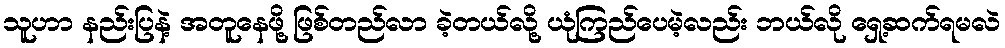
သူဟာ နည်းပြနဲ့ အတူနေဖို့ ဖြစ်တည်လာ ခဲ့တယ်လို့ ယုံကြည်ပေမဲ့လည်း ဘယ်လို ရှေ့ဆက်ရမလဲ